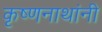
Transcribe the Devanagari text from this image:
कृष्णनाथांनी